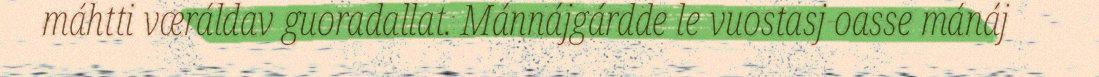
máhtti væráldav guoradallat. Mánnájgárdde le vuostasj oasse mánáj